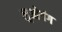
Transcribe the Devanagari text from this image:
लुओयंग